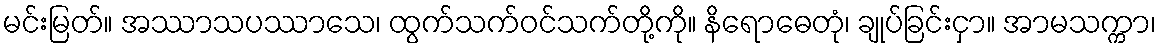
မင်းမြတ်။ အဿာသပဿာသေ၊ ထွက်သက်ဝင်သက်တို့ကို။ နိရောဓေတုံ၊ ချုပ်ခြင်းငှာ။ အာမသက္ကာ၊